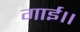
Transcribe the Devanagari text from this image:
गाई।।